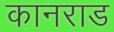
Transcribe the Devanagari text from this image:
कानराड